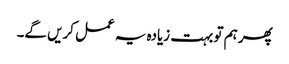
پھر ہم تو بہت زیادہ یہ عمل کریں گے۔